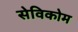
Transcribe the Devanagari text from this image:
सेविकोम